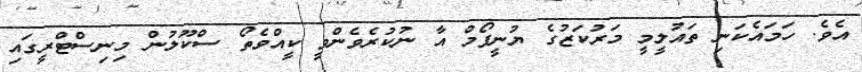
އެވެ. ހަމައެކަނި ތައުލީމީ މަރުކަޒުގެ ޔުނީފޯމް އާ ނުކުރެވެންވީ ކީއްވެތޯ ސްކޫލުން މިނިސްޓްރީގައި